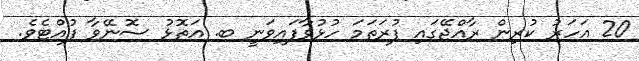
20 އަހަރު ކުރިން ރާއްޖޭގައި ފުރަތަމަ ހުޅުވާފައިވަނީ ބ. އަތޮޅު ސޮނޭވާ ފުއްޓެވެ.